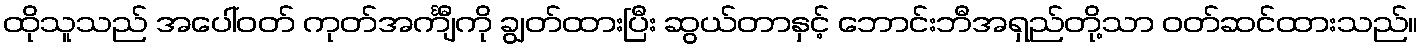
ထိုသူသည် အပေါ်ဝတ် ကုတ်အင်္ကျီကို ချွတ်ထားပြီး ဆွယ်တာနှင့် ဘောင်းဘီအရှည်တို့သာ ဝတ်ဆင်ထားသည်။